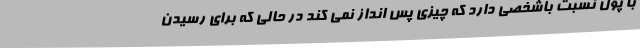
با پول نسبت باشخصی دارد که چیزی پس انداز نمی کند در حالی که برای رسیدن